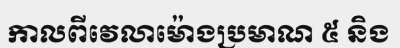
កាលពីវេលាម៉ោងប្រមាណ ៥ និង